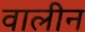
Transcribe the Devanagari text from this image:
वालीन